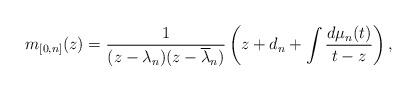
LaTeX: \begin{align*} m_{[0,n]}(z)= \frac{1}{(z-\lambda_n)(z-\overline{\lambda}_n)}\left(z+d_n+\int\frac{d\mu_n(t)}{t-z}\right), \end{align*}